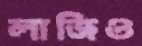
লাজিও